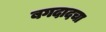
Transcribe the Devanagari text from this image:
बगदादचा